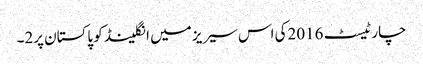
چار ٹیسٹ 2016کی اس سیریز میں انگلینڈ کو پاکستان پر2۔